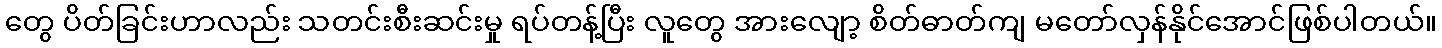
တွေ ပိတ်ခြင်းဟာလည်း သတင်းစီးဆင်းမှု ရပ်တန့်ပြီး လူတွေ အားလျော့ စိတ်ဓာတ်ကျ မတော်လှန်နိုင်အောင်ဖြစ်ပါတယ်။